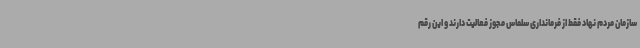
سازمان مردم نهاد فقط از فرمانداری سلماس مجوز فعالیت دارند و این رقم